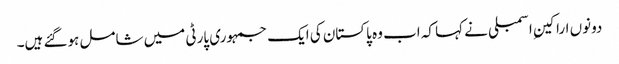
دونوں اراکینِ اسمبلی نے کہا کہ اب وہ پاکستان کی ایک جمہوری پارٹی میں شامل ہوگئے ہیں۔